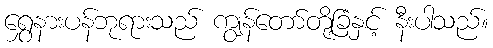
ရွှေနားပန်ဘုရားသည် ကျွန်တော်တို့ခြံနှင့် နီးပါသည်။